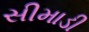
સીમાડી